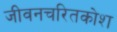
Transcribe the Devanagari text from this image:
जीवनचरितकोश